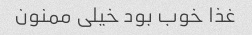
غذا خوب بود خیلی ممنون